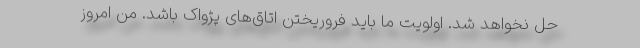
حل نخواهد شد. اولویت ما باید فروریختن اتاق‌های پژواک باشد. من امروز